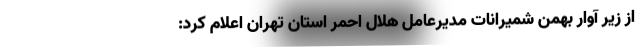
از زیر آوار بهمن شمیرانات مدیرعامل هلال احمر استان تهران اعلام کرد: